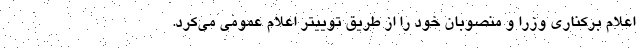
اعلام برکناری وزرا و منصوبان خود را از طریق توییتر اعلام عمومی می‌کرد.